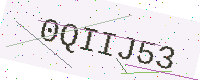
Text: 0QIIJ53